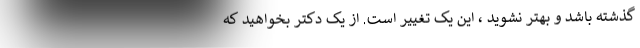
گذشته باشد و بهتر نشوید ، این یک تغییر است. از یک دکتر بخواهید که